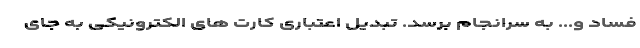
فساد و... به سرانجام برسد. تبدیل اعتباری کارت های الکترونیکی به جای